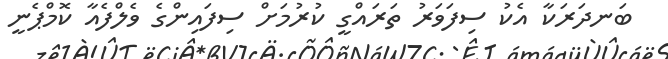
ބަނދަރަކާ އެކު ސިފަވަރު ތަރައްގީ ކުރުމަށް ސިފައިންގެ ވެލްފެއާ ކޮމްޕެނީ